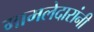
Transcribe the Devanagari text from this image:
मामलेदारांनी